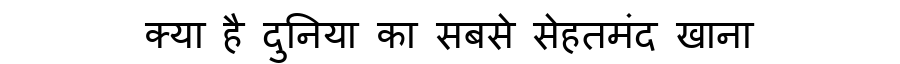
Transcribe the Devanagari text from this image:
क्या है दुनिया का सबसे सेहतमंद खाना